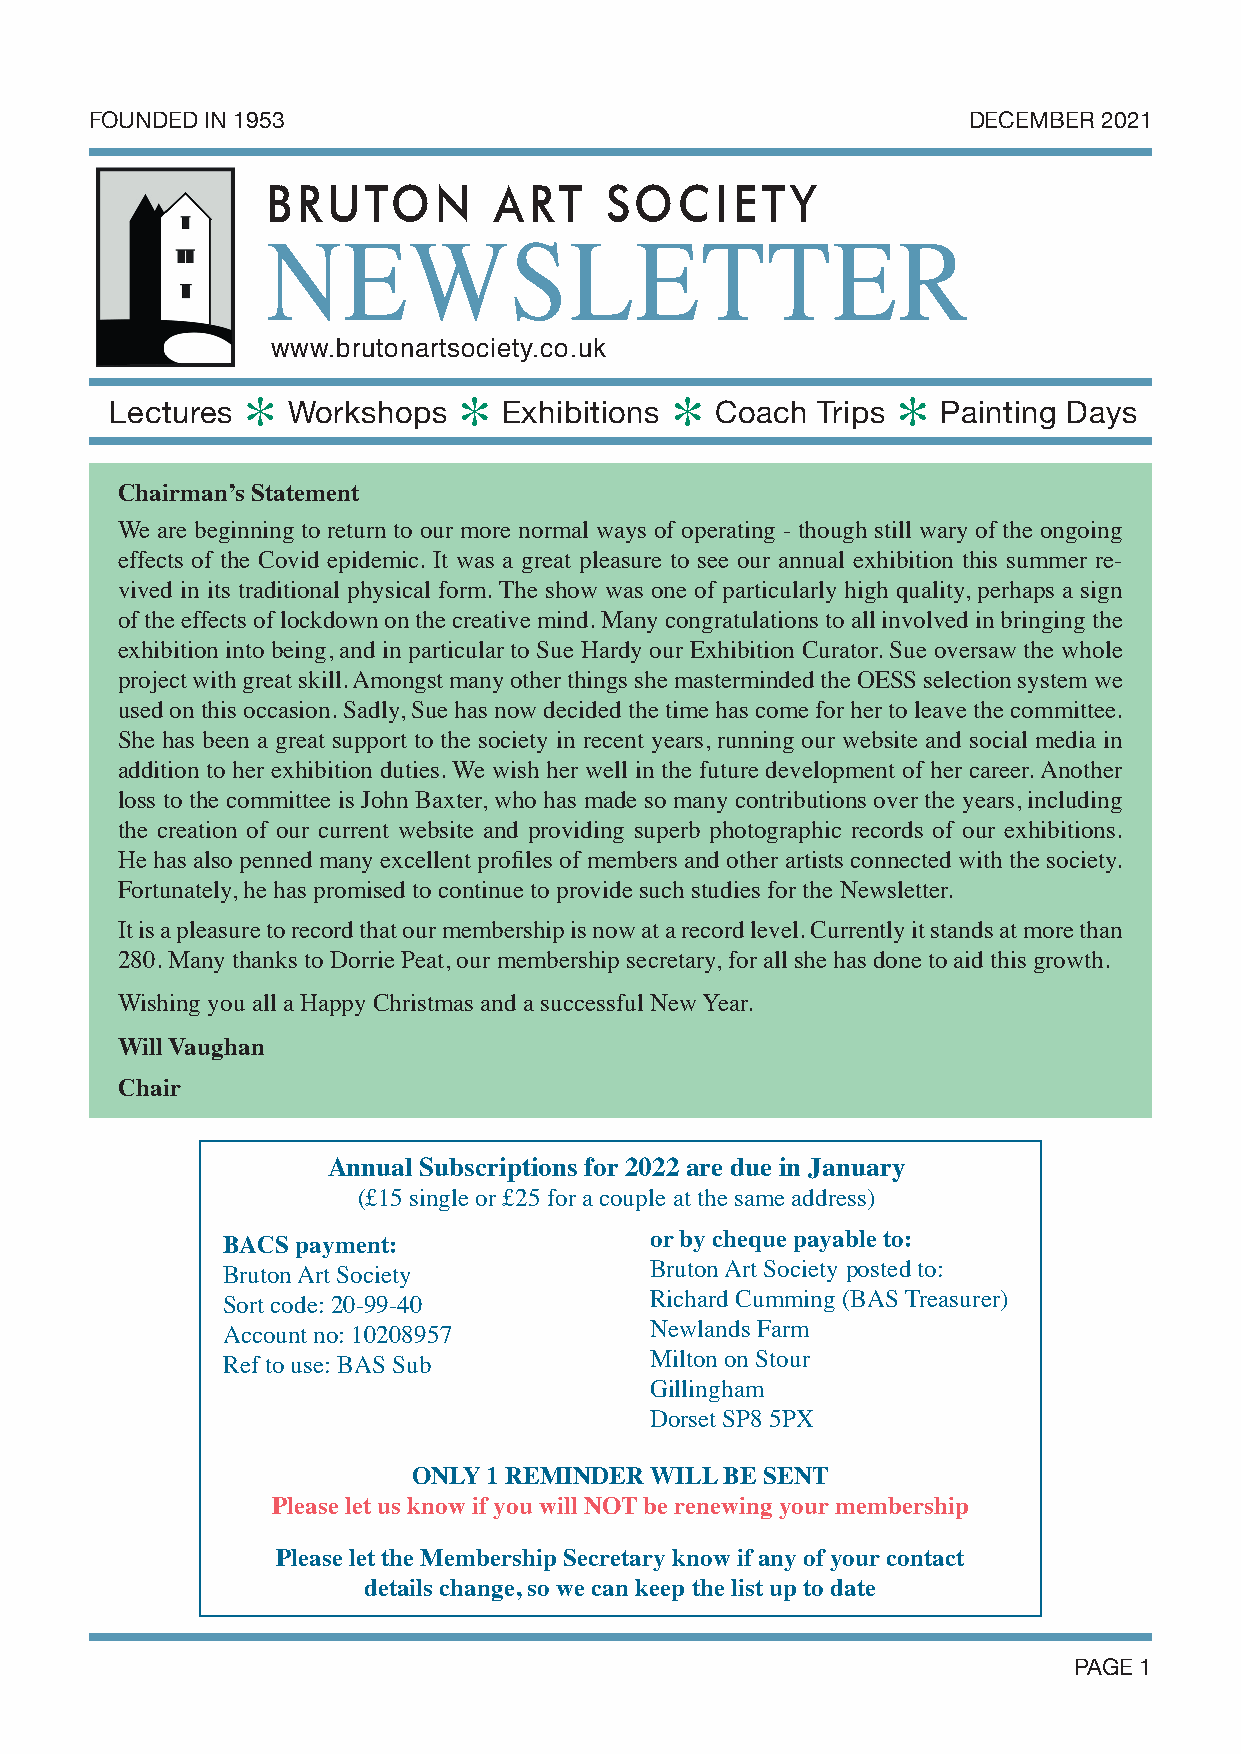
FOUNDED IN 1953                                           DECEMBER 2021
 BRUTON         ART    SOCIETY
 NEWSLETTER
 www.brutonartsociety.co.uk
 Lectures *  Workshops  *  Exhibitions * Coach  Trips * Painting Days
 Chairman’s Statement
 We are beginning to return to our more normal ways of operating - though still wary of the ongoing
 effects of the Covid epidemic. It was a great pleasure to see our annual exhibition this summer re-
 vived in its traditional physical form. The show was one of particularly high quality, perhaps a sign
 of the effects of lockdown on the creative mind. Many congratulations to all involved in bringing the
 exhibition into being, and in particular to Sue Hardy our Exhibition Curator. Sue oversaw the whole
 project with great skill. Amongst many other things she masterminded the OESS selection system we
 used on this occasion. Sadly, Sue has now decided the time has come for her to leave the committee.
 She has been a great support to the society in recent years, running our website and social media in
 addition to her exhibition duties. We wish her well in the future development of her career. Another
 loss to the committee is John Baxter, who has made so many contributions over the years, including
 the creation of our current website and providing superb photographic records of our exhibitions.
 He has also penned many excellent profiles of members and other artists connected with the society.
 Fortunately, he has promised to continue to provide such studies for the Newsletter.
 It is a pleasure to record that our membership is now at a record level. Currently it stands at more than
 280. Many thanks to Dorrie Peat, our membership secretary, for all she has done to aid this growth.
 Wishing you all a Happy Christmas and a successful New Year.
 Will Vaughan
 Chair
 Annual Subscriptions for 2022 are due in January
 (£15 single or £25 for a couple at the same address)
 BACS payment:               or by cheque payable to:
 Bruton Art Society          Bruton Art Society posted to:
 Sort code: 20-99-40         Richard Cumming (BAS Treasurer)
 Account no: 10208957        Newlands Farm
 Ref to use: BAS Sub         Milton on Stour
 Gillingham
 Dorset SP8 5PX
 ONLY 1 REMINDER WILL BE SENT
 Please let us know if you will NOT be renewing your membership
 Please let the Membership Secretary know if any of your contact
 details change, so we can keep the list up to date
 PAGE 1